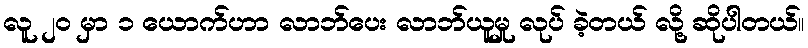
လူ ၂၀ မှာ ၁ ယောက်ဟာ လာဘ်ပေး လာဘ်ယူမှု လုပ် ခဲ့တယ် လို့ ဆိုပါတယ်။